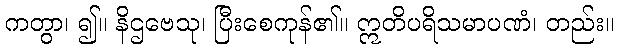
ကတွာ၊ ၍။ နိဌဗေသု၊ ပြီးစေကုန်၏။ ဣတိပရိသမာပဏံ၊ တည်း။